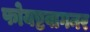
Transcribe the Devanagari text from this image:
फोयष्टवागनर